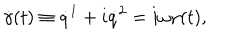
\dot { \gamma } ( t ) \equiv \dot { q } ^ { 1 } + i \dot { q } ^ { 2 } = i \omega \gamma ( t ) ,